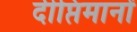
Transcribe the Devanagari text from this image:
दीप्तिमानों